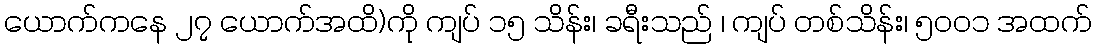
ယောက်ကနေ ၂၇ ယောက်အထိ)ကို ကျပ် ၁၅ သိန်း၊ ခရီးသည် ၊ ကျပ် တစ်သိန်း၊ ၅ဝဝ၁ အထက်